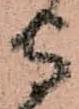
守